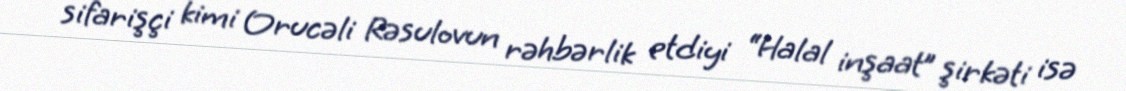
sifarişçi kimi Orucəli Rəsulovun rəhbərlik etdiyi “Halal inşaat” şirkəti isə